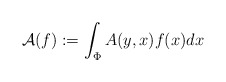
\begin{align*}\mathcal A(f) := \int_{\Phi}A(y,x)f(x)dx\end{align*}